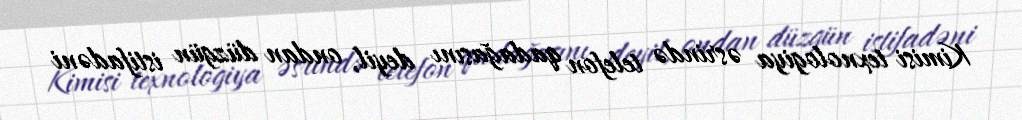
Kimisi texnologiya əsrində telefon qadağasını deyil, ondan düzgün istifadəni